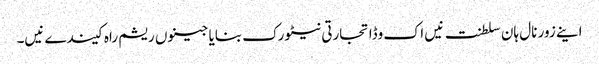
اینے زور نال ہان سلطنت نیں اک وڈا تجارتی نیٹورک بنایا جینوں ریشم راہ کیندے نیں۔